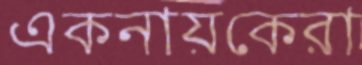
একনায়কেরা